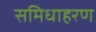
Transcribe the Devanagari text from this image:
समिधाहरण